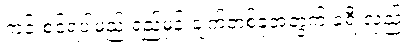
ကင်းစင်ရပါမည် ရည်မှန်းချက်တစ်ခုအတွက် ခရီးလှည့်